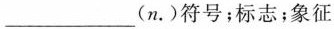
___(n.)符号；标志；象征